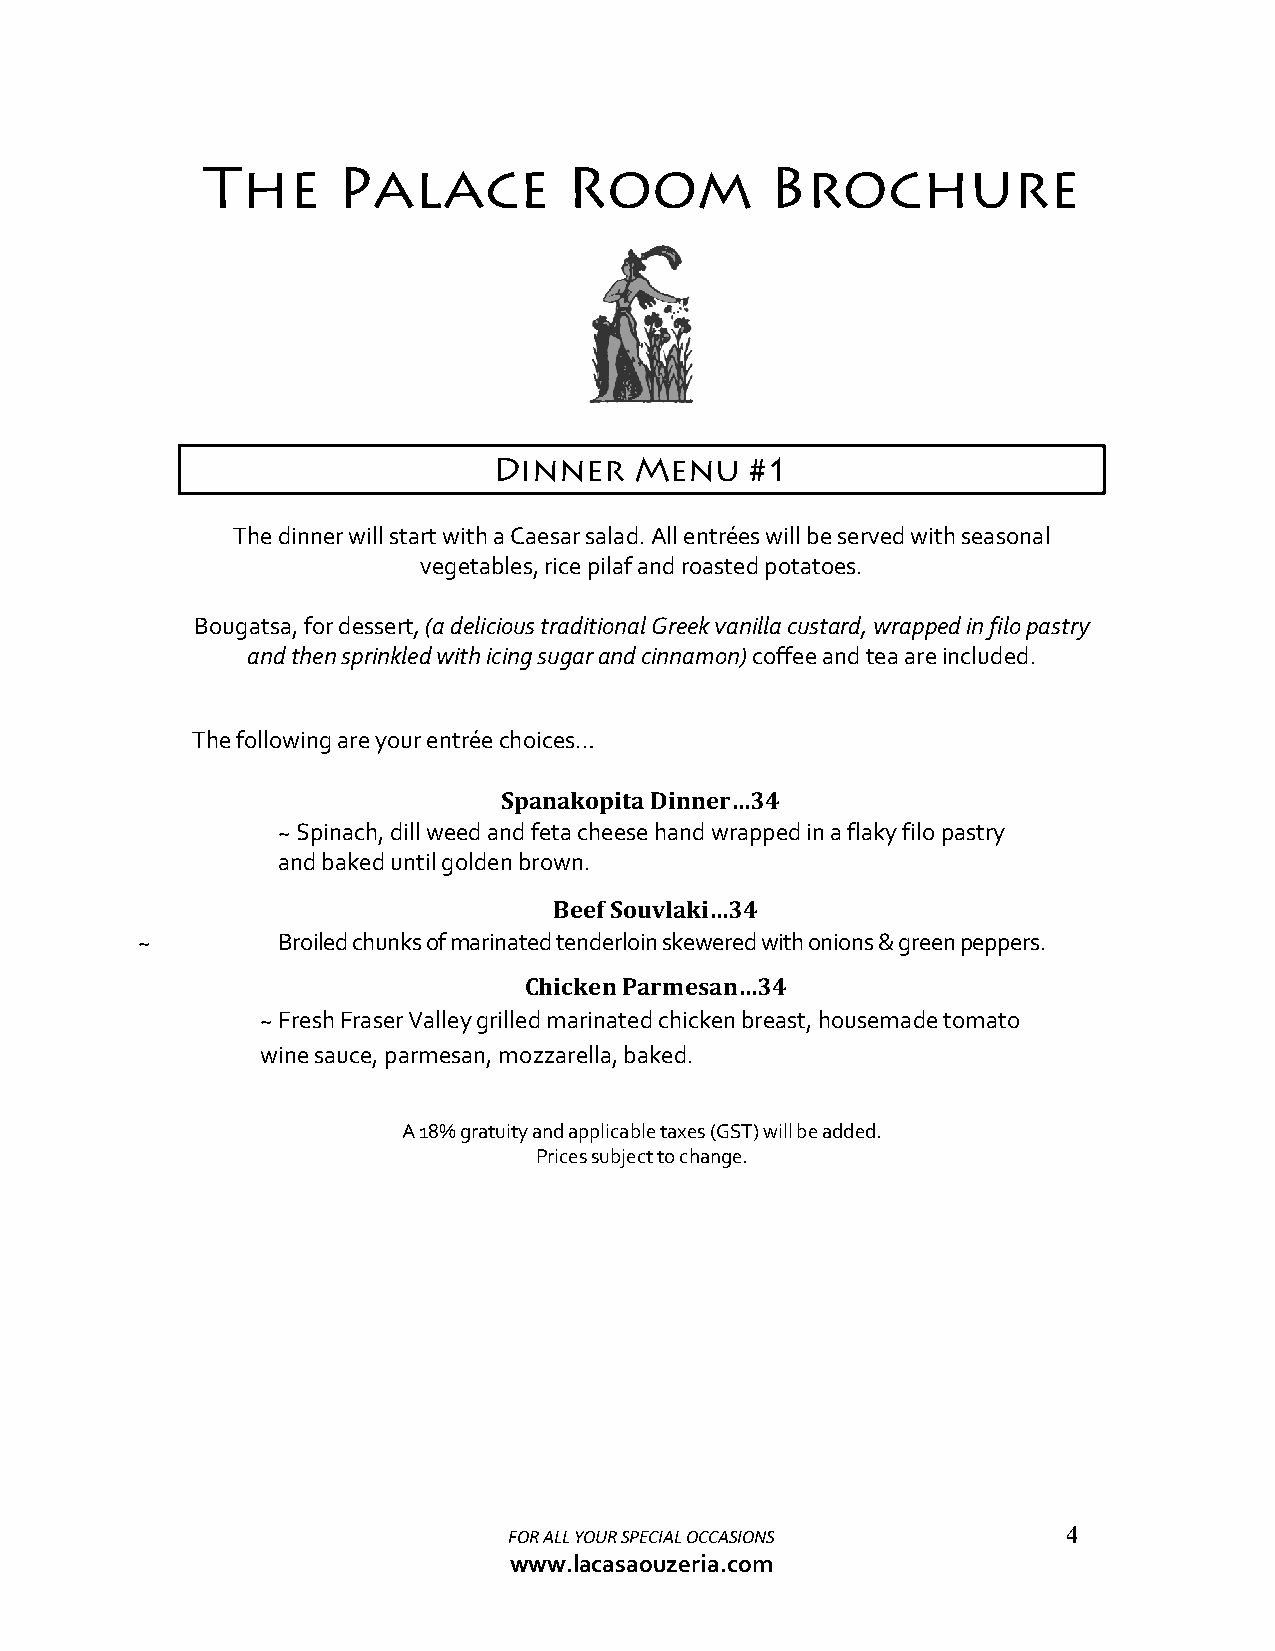
The      Palace          Room         Brochure
 Dinner   Menu    #1
 The dinner will start with a Caesar salad. All entrées will be served with seasonal
 vegetables, rice pilaf and roasted potatoes.
 Bougatsa, for dessert, (a delicious traditional Greek vanilla custard, wrapped in filo pastry
 and then sprinkled with icing sugar and cinnamon) coffee and tea are included.
 The following are your entrée choices…
 Spanakopita Dinner…34
 ~ Spinach, dill weed and feta cheese hand wrapped in a flaky filo pastry
 and baked until golden brown.
 Beef Souvlaki…34
 ~        Broiled chunks of marinated tenderloin skewered with onions & green peppers.
 Chicken Parmesan…34
 ~ Fresh Fraser Valley grilled marinated chicken breast, housemade tomato
 wine sauce, parmesan, mozzarella, baked.
 A 18% gratuity and applicable taxes (GST) will be added.
 Prices subject to change.
 FOR ALL YOUR SPECIAL OCCASIONS       4
 www.lacasaouzeria.com